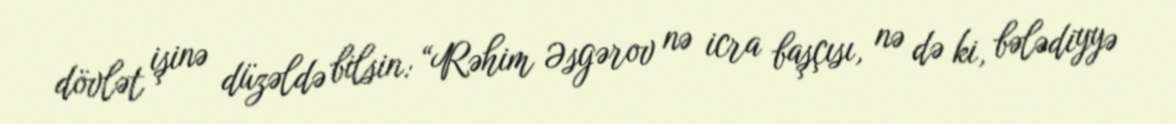
dövlət işinə düzəldə bilsin: “Rəhim Əsgərov nə icra başçısı, nə də ki, bələdiyyə